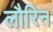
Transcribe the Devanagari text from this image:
लौरिन